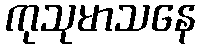
ကုသုမာသနေ